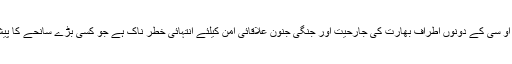
انہوں نے کہا کہ ایل او سی کے دونوں اطراف بھارت کی جارحیت اور جنگی جنون علاقائی امن کیلئے انتہائی خطر ناک ہے جو کسی بڑے سانحے کا پیش خیمہ بن سکتا ہے۔